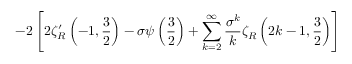
- 2 \left[ 2 \zeta _ { R } ^ { \prime } \left( - 1 , { \frac { 3 } { 2 } } \right) - \sigma \psi \left( { \frac { 3 } { 2 } } \right) + \sum _ { k = 2 } ^ { \infty } { \frac { \sigma ^ { k } } { k } } \zeta _ { R } \left( 2 k - 1 , { \frac { 3 } { 2 } } \right) \right]